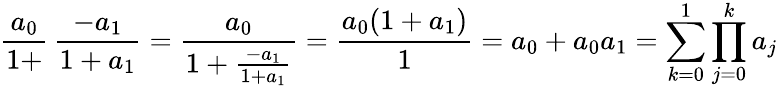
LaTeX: {\frac{a_{0}}{1+}}\, {\frac{-a_{1}}{1+a_{1}}}={\frac{a_{0}}{1+{\frac{-a_{1}}{1+a_{1}}}}}={\frac{a_{0}(1+a_{1})}{1}}=a_{0}+a_{0}a_{1}=\sum_{k=0}^{1}\prod_{j=0}^{k}a_{j}